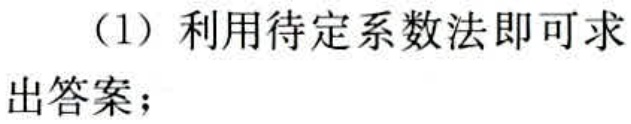
（1）利用待定系数法即可求出答案；